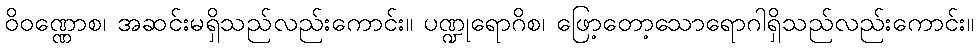
ဝိဝဏ္ဏောစ၊ အဆင်းမရှိသည်လည်းကောင်း။ ပဏ္ဍုရောဂိစ၊ ဖြော့တော့သောရောဂါရှိသည်လည်းကောင်း။